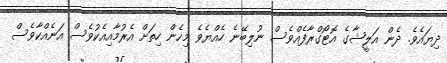
ދިޔައެވެ. ދެން އަލީޝާގެ އޮޓޯގްރާފެއްވެސް ނުލިބޭނެ ހެއްޔެވެ މިހެން ހިތަށް އެރުމާއިއެކުވެސް އަނެއްކާވެސް